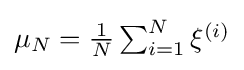
{\textstyle \mu _{N}={\frac {1}{N}}\sum _{i=1}^{N}\xi ^{(i)}}